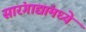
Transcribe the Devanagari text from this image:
सारंगाद्यांमध्ये